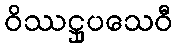
ဝိဿဋ္ဌုပသေဝီ